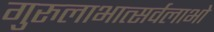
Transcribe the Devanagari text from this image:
गुरुलाभात्सर्वलाभो